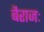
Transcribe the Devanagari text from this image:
बैराजः